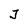
Character: J